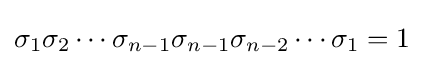
\sigma _{1}\sigma _{2}\cdots \sigma _{n-1}\sigma _{n-1}\sigma _{n-2}\cdots \sigma _{1}=1